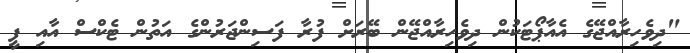
"ދިވެހިރާއްޖޭގެ އެއާޕޯޓަކުން ދިވެހިރާއްޖޭން ބޭރަށް ފުރާ ފަސިންޖަރުންގެ އަތުން ޓެކްސް އާއި ފީ